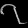
Digit: ၇